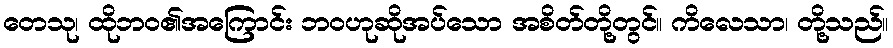
တေသု၊ ထိုဘဝ၏အကြောင်း ဘဝဟုဆိုအပ်သော အစိတ်တို့တွင်။ ကိလေသာ၊ တို့သည်။